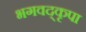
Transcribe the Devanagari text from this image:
भगवद्कृपा